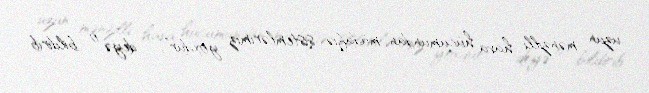
uzun mənzilli hava hücumundan müdafiə sistemlərimiz yoxdur”, - deyə o bildirib.